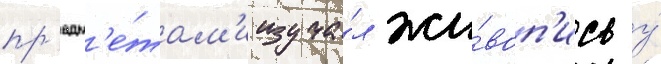
пр'едм'е́там'и изуча́л жи́воп'ись у́